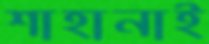
শাহানাই